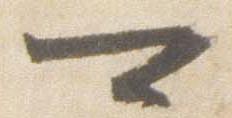
可